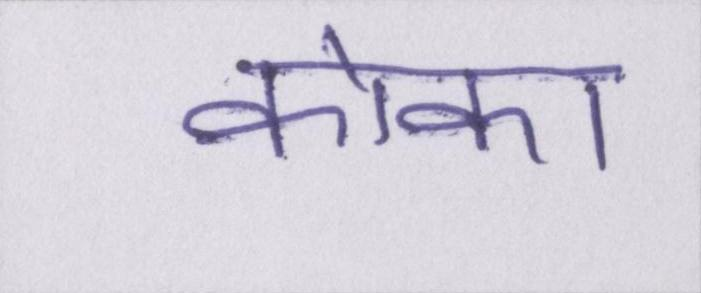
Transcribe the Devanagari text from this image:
कोका